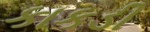
કાકડી